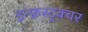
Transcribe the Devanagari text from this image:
इन्फ्रस्ट्रक्चर